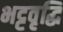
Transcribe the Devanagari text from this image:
भट्टवृद्धि